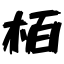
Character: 栢